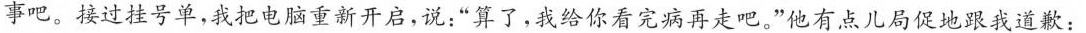
事吧。接过挂号单，我把电脑重新开启，说：”算了，我给你看完病再走吧。”他有点儿局促地跟我道歉：